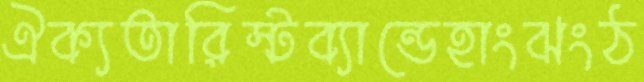
ঐক্যতারিস্টব্যান্ডেহাংঝংঠ